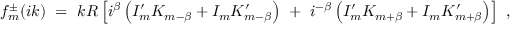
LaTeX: f _ { m } ^ { \pm } ( i k ) \ = \ k R \left[ i ^ { \beta } \left( I _ { m } ^ { \prime } K _ { m - \beta } + I _ { m } K _ { m - \beta } ^ { \prime } \right) \ + \ i ^ { - \beta } \left( I _ { m } ^ { \prime } K _ { m + \beta } + I _ { m } K _ { m + \beta } ^ { \prime } \right) \right] \ ,